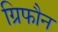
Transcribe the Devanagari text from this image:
ग्रिफौन